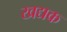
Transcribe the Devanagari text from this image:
खद्यक